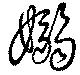
嫋